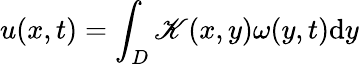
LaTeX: u(x,t)=\int_{D}\mathscr{K}(x,y)\omega(y,t)\textrm{{d}}y